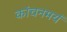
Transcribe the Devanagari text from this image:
कांचनमयं